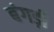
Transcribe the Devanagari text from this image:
बंगड़ी